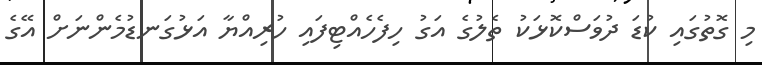
މި ގޮތުގައި ކުޑަ ދުވަސްކޮޅަކު ތެލުގެ އަގު ހިފެހެއްޓިފައި ހުރިއްޔާ އަޅުގަނޑުމެންނަށް އޭގެ